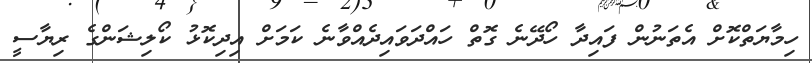
ހިމާޔަތްކޮށް އެތަނުން ފައިދާ ހޯދޭނެ ގޮތް ހައްދަވައިދެއްވާނެ ކަމަށް އިދިކޮޅު ކޯލިޝަންގެ ރިޔާސީ